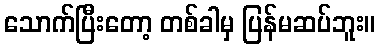
သောက်ပြီးတော့ တစ်ခါမှ ပြန်မဆပ်ဘူး။